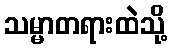
သမ္မာတရားထဲသို့